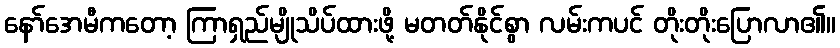
နော်အေမီကတော့ ကြာရှည်မျိုသိပ်ထားဖို့ မတတ်နိုင်စွာ လမ်းကပင် တိုးတိုးပြောလာ၏။